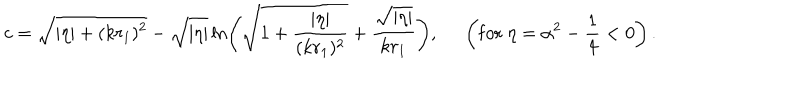
c = \sqrt { | \eta | + ( k r _ { 1 } ) ^ { 2 } } - \sqrt { | \eta | } \ln \left( \sqrt { 1 + \frac { | \eta | } { ( k r _ { 1 } ) ^ { 2 } } } + \frac { \sqrt { | \eta | } } { k r _ { 1 } } \right) , \; \; \left( \mathrm { f o r } \; \eta = \alpha ^ { 2 } - \frac { 1 } { 4 } < 0 \right) .